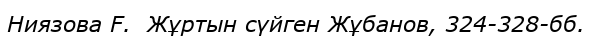
Ниязова F.  Жұртын сүйген Жұбанов, 324-328-бб.